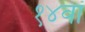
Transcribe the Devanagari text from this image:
१४वां